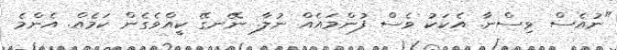
"ނުއެސް ވިސްނާ. އެކަކު ވެސް ފުންމައެއް ނުލާ. ނޭނގޭ ކީއްވެގެން ކަމެއް. އެންމެ